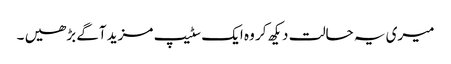
میری یہ حالت دیکھ کر وہ ایک سٹیپ مزید آگے بڑھیں ۔